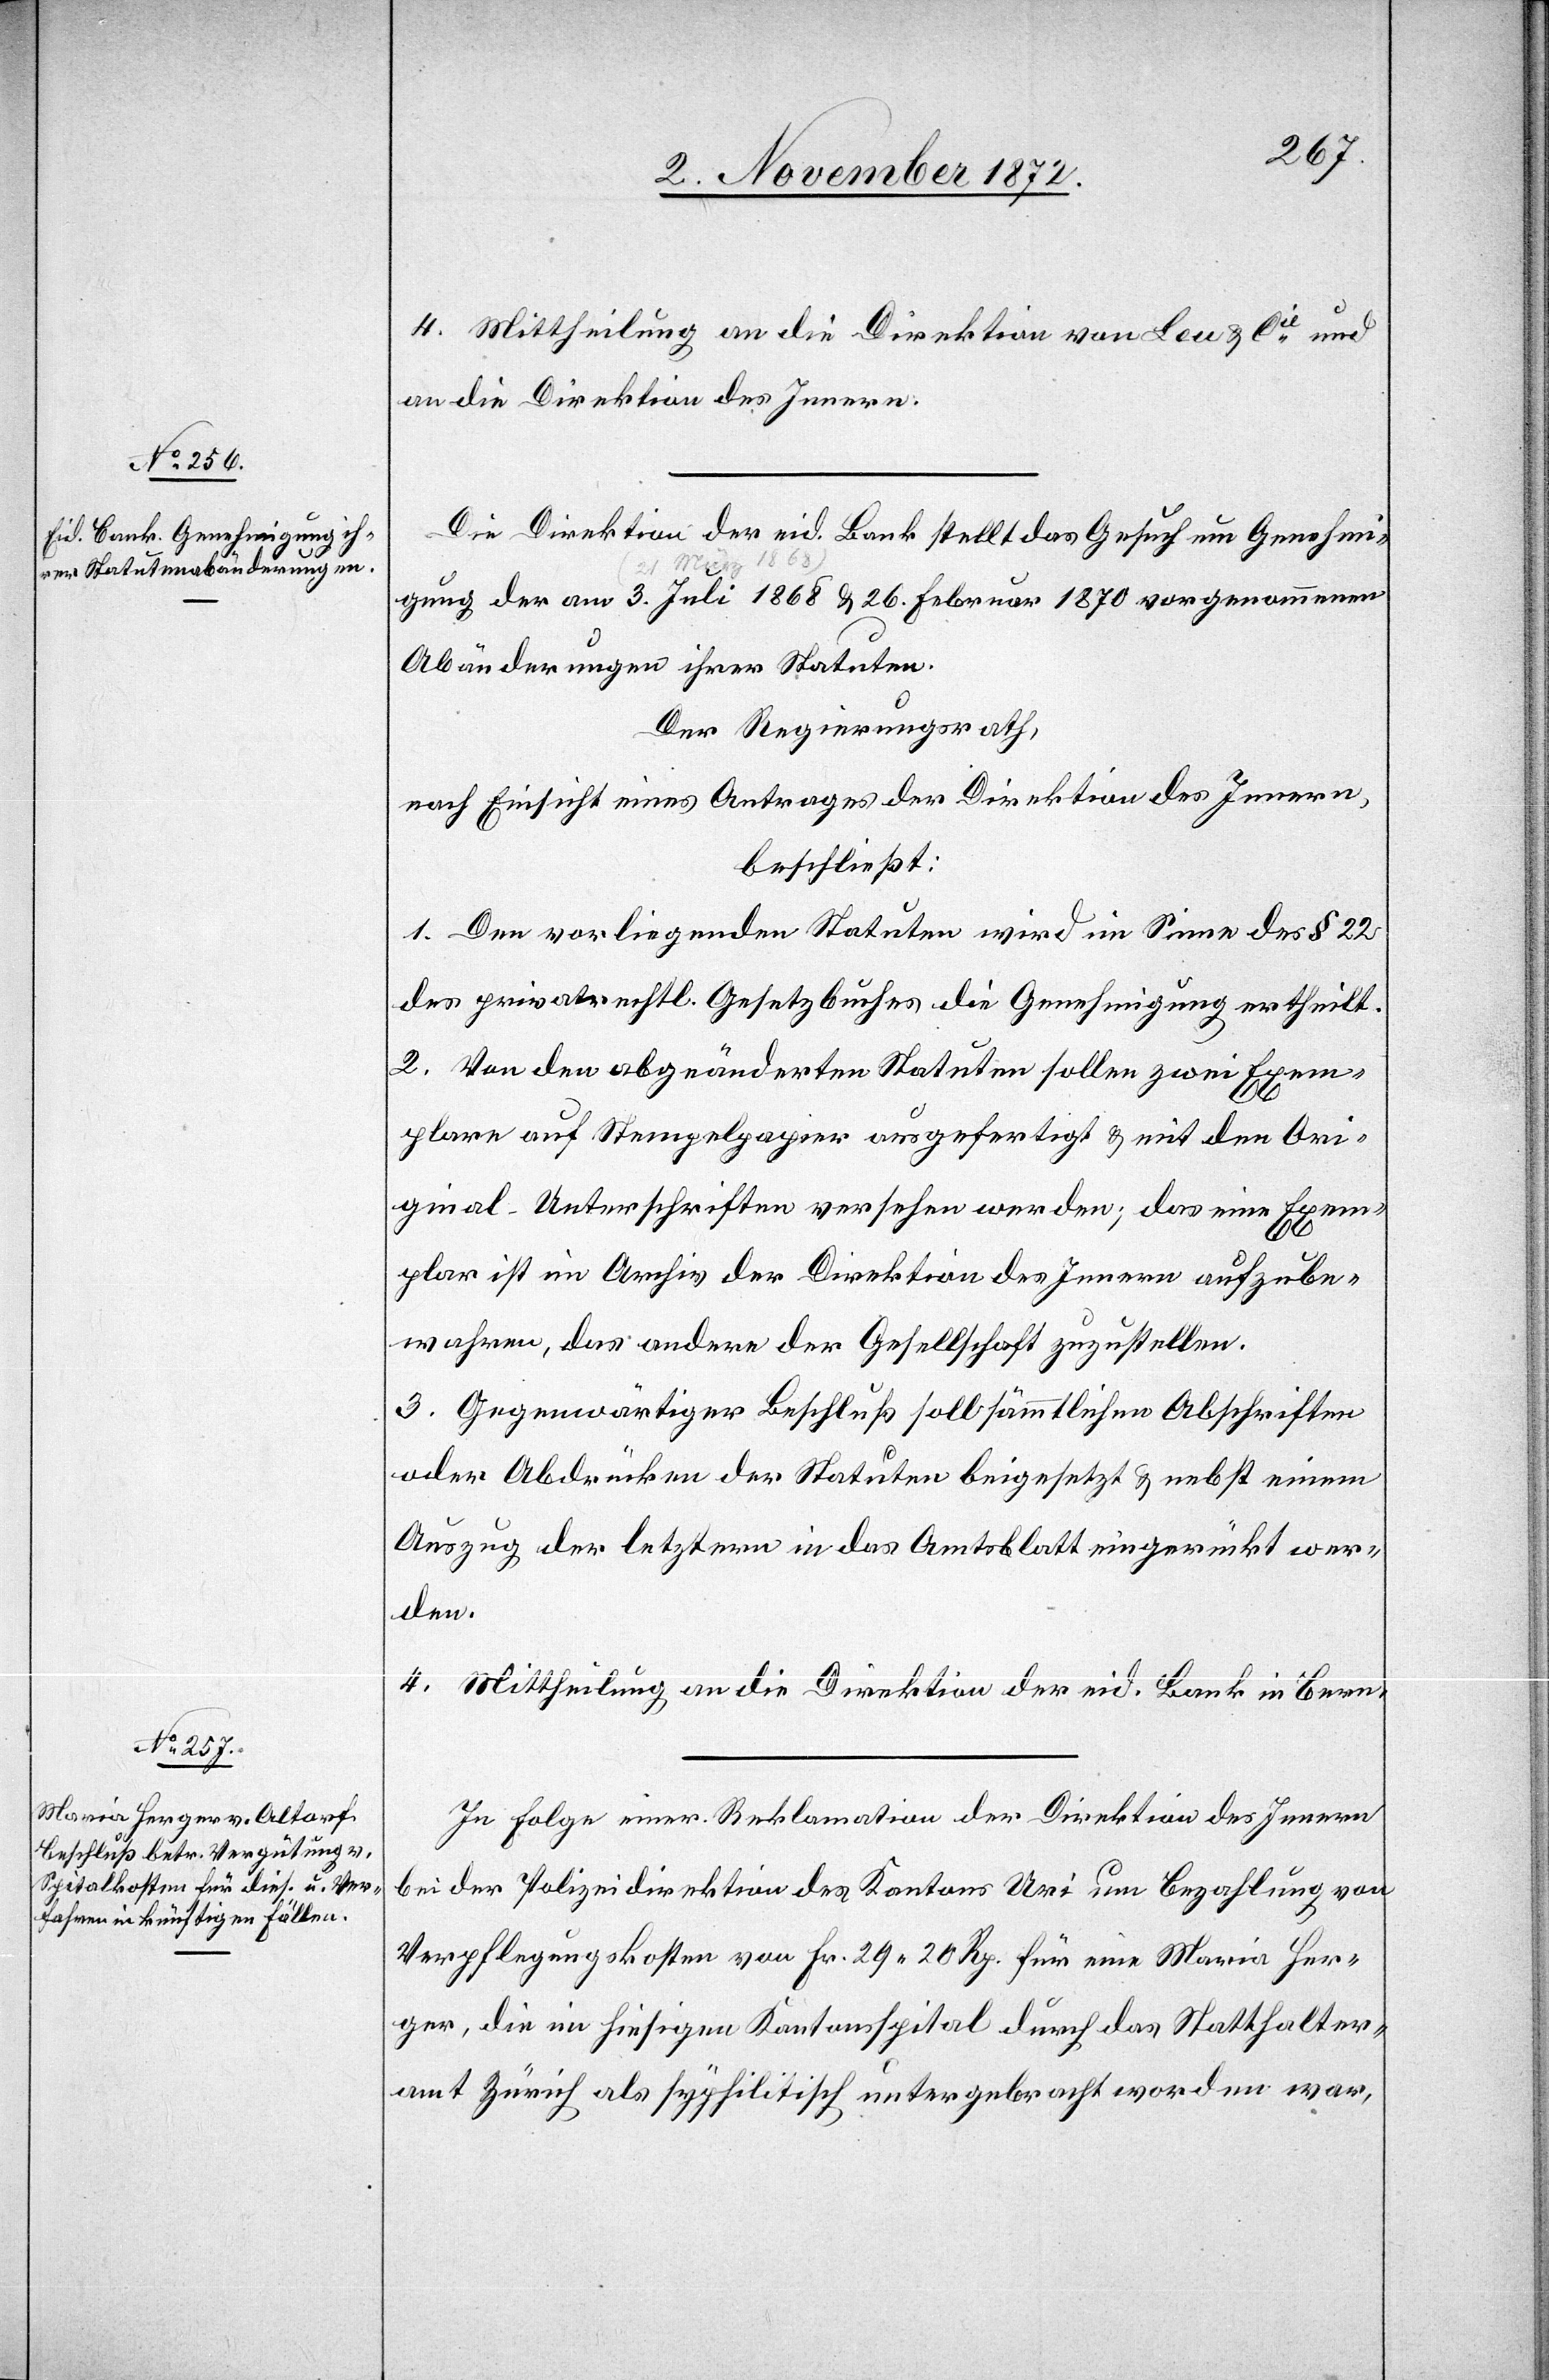
4. Mittheilung an die Direktion von Leu u. Cie und
an die Direktion des Innern.
Die Direktion der eid. Bank stellt das Gesuch um Genehmi¬
gung der am 3. Juli 1868 a-(21. März 1868)-a u. 26. Februar 1870 vorgenommenen
Abänderungen ihrer Statuten.
Der Regierungsrath,
nach Einsicht eines Antrages der Direktion des Innern,
beschließt:
1. Den vorliegenden Statuten wird im Sinne des § 22
des privatrechtl. Gesetzbuches die Genehmigung ertheilt.
2. Von den abgeänderten Statuten sollen zwei Exem¬
plare auf Stempelpapier ausgefertigt u. mit den Ori¬
ginal-Unterschriften versehen werden; das eine Exem¬
plar ist im Archiv der Direktion des Innern aufzube¬
wahren, das andere der Gesellschaft zuzustellen.
3. Gegenwärtiger Beschluß soll sämmtlichen Abschriften
oder Abdrücken der Statuten beigesetzt u. nebst einem
Auszug der letztern in das Amtsblatt eingerückt wer¬
den.
4. Mittheilung an die Direktion der eid. Bank in Bern.
In Folge einer Reklamation der Direktion des Innern
bei der Polizeidirektion des Kantons Uri um Bezahlung von
Verpflegungskosten von Fr. 29 20 Rp. für eine Maria Her¬
ger, die im hiesigen Kantonsspital durch das Statthalter¬
amt Zürich als syphilitisch untergebracht worden war,